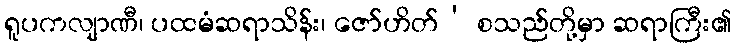
ရူပကလျာဏီ၊ ပထမံဆရာသိန်း၊ ဇော်ဟိတ်’ စသည်တို့မှာ ဆရာကြီး၏